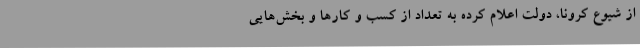
از شیوع کرونا، دولت اعلام کرده به تعداد از کسب و کارها و بخش‌هایی